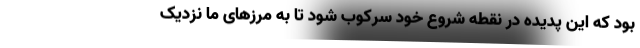
بود که این پدیده در نقطه شروع خود سرکوب شود تا به مرزهای ما نزدیک